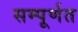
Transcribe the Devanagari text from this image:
सम्पूर्णत